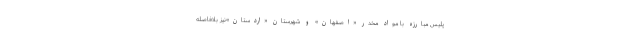
پلیس مبارزه با مواد مخدر «اصفهان» و شهرستان «اردستان»نیز بلافاصله